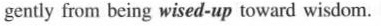
gently fom being wised-up toward wisdom.